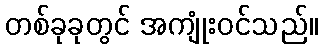
တစ်ခုခုတွင် အကျုံးဝင်သည်။